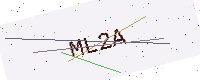
Text: ML2A